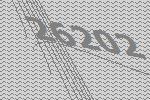
26202